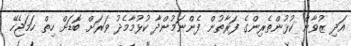
އަދި ޒުވާން ކުޅުންތެރިންގެ ފަރާތުން ފެންނަމުންދާ ކުޅުމާމެދު ވަރަށް ބޮޑަށް ހިތް ހަމަޖެހޭ